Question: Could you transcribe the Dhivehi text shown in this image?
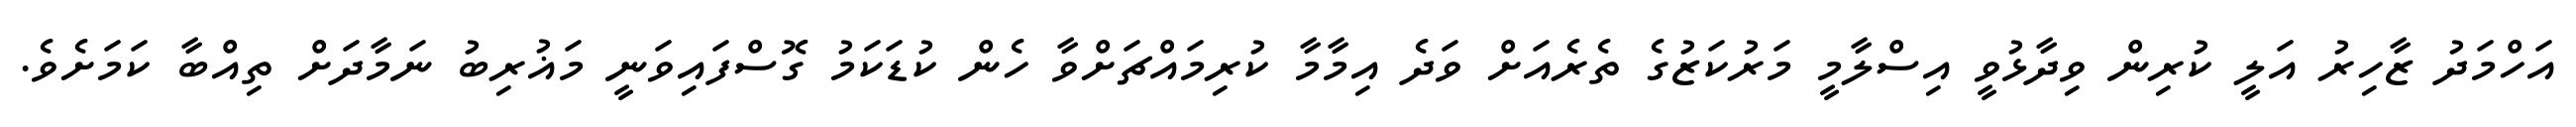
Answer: އަހްމަދު ޒާހިރު އަލީ ކުރިން ވިދާޅުވީ އިސްލާމީ މަރުކަޒުގެ ތެރެއަށް ވަދެ އިމާމާ ކުރިމައްޗަށްވާ ހެން ކުޑަކަމު ގޮސްފައިވަނީ މަޣުރިބު ނަމާދަށް ތިއްބާ ކަމަށެވެ.